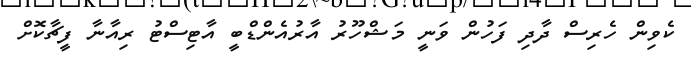
ކެވިން ހެރިސް ދާދި ފަހުން ވަނީ މަޝްހޫރު އާރުއެންޑްބީ އާޓިސްޓު ރިއާނާ ފީޗާކޮށް